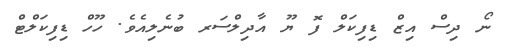
ނޯ ދިސް އިޒް ޑިފިކަލް ފޮ ޔޫ އާދިލްސަރ ބުނެލިއެވެ. ހޫހް ޑިފިކަލްޓް